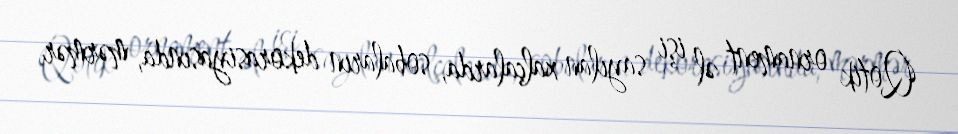
Qotik ornament əl işi sayılan xalçalarda, sobaların dekorasiyasında, mərmər